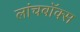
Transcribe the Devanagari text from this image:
लांचबॉक्स